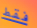
فقط